Leaving Certificate Examination (including Day School Certificate (Higher) General paper), 1939
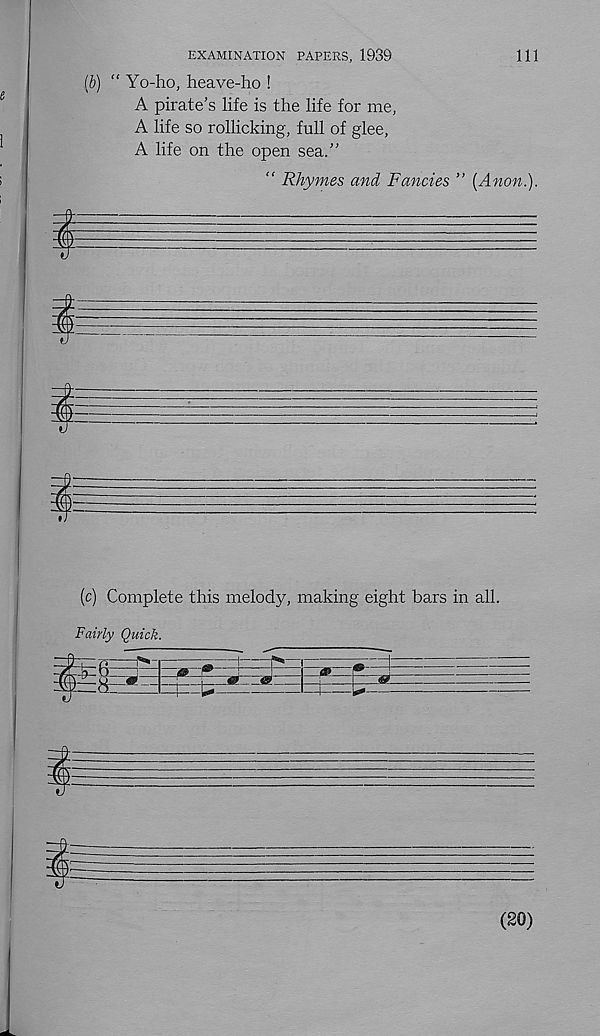
Ill
EXAMINATION PAPERS, 1939
(6) “ Yo-ho, heave-ho !
A pirate’s life is the life for me,
A life so rollicking, full of glee,
A life on the open sea.”
” Rhymes and Fancies ” (Anon.).
(c) Complete this melody, making eight bars in all.
Fairly Quick.
0
SL
(20)